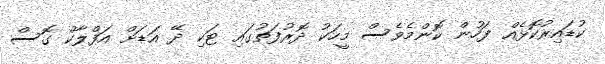
ކުޑައިރުކޮޅެއް ފަހުން ކޮންމެވެސް މީހަކު ދޮރުފަތުގައި ޓަކި ދޭ އަޑަށް އަފްލާކް ގޮސް